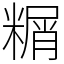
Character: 糏